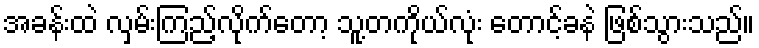
အခန်းထဲ လှမ်းကြည့်လိုက်တော့ သူ့တကိုယ်လုံး တောင့်ခနဲ ဖြစ်သွားသည်။